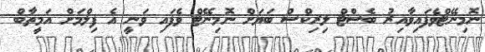
ނޮމިނޭޓްވެފައިވާއިރު ބެސްޓް ލިރިކްސް ބަޔަށް ނޮމިނޭޓް ވެފައި ވަނީ އެ ފިލްމަށް އަމީތާބް